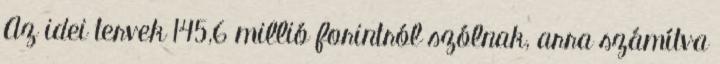
Az idei tervek 145,6 millió forintról szólnak, arra számítva